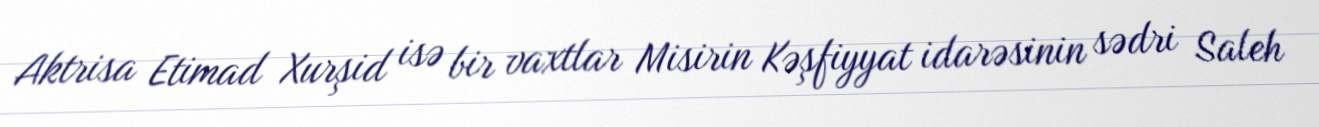
Aktrisa Etimad Xurşid isə bir vaxtlar Misirin Kəşfiyyat idarəsinin sədri Saleh